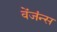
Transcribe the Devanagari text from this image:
वेंजंन्स